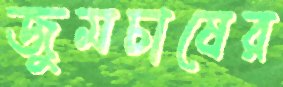
জুমচাষের